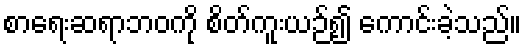
စာရေးဆရာဘဝကို စိတ်ကူးယဉ်၍ ကောင်းခဲ့သည်။